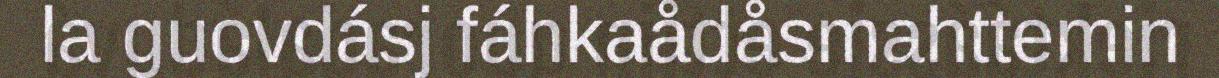
la guovdásj fáhkaådåsmahttemin